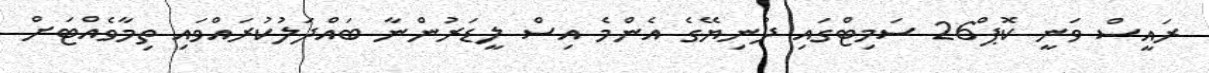
ރައީސް ވަނީ ކޮޕް26 ސަމިޓްގައި ދުނިޔޭގެ އެންމެ އިސް ލީޑަރުންނާ ބައްދަލުކުރައްވައި ތިމާވެއްޓަށް